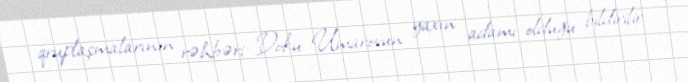
qruplaşmalarının rəhbəri Doku Umarovun yaxın adamı olduğu bildirilir.